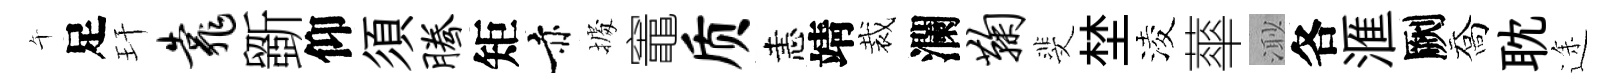
午足玕靠斵仰須腾矩赤𢴃竈质恚靖裁瀾鞠斐埜淩蕐𣺌各滙劂喬耽途